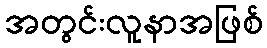
အတွင်းလူနာအဖြစ်